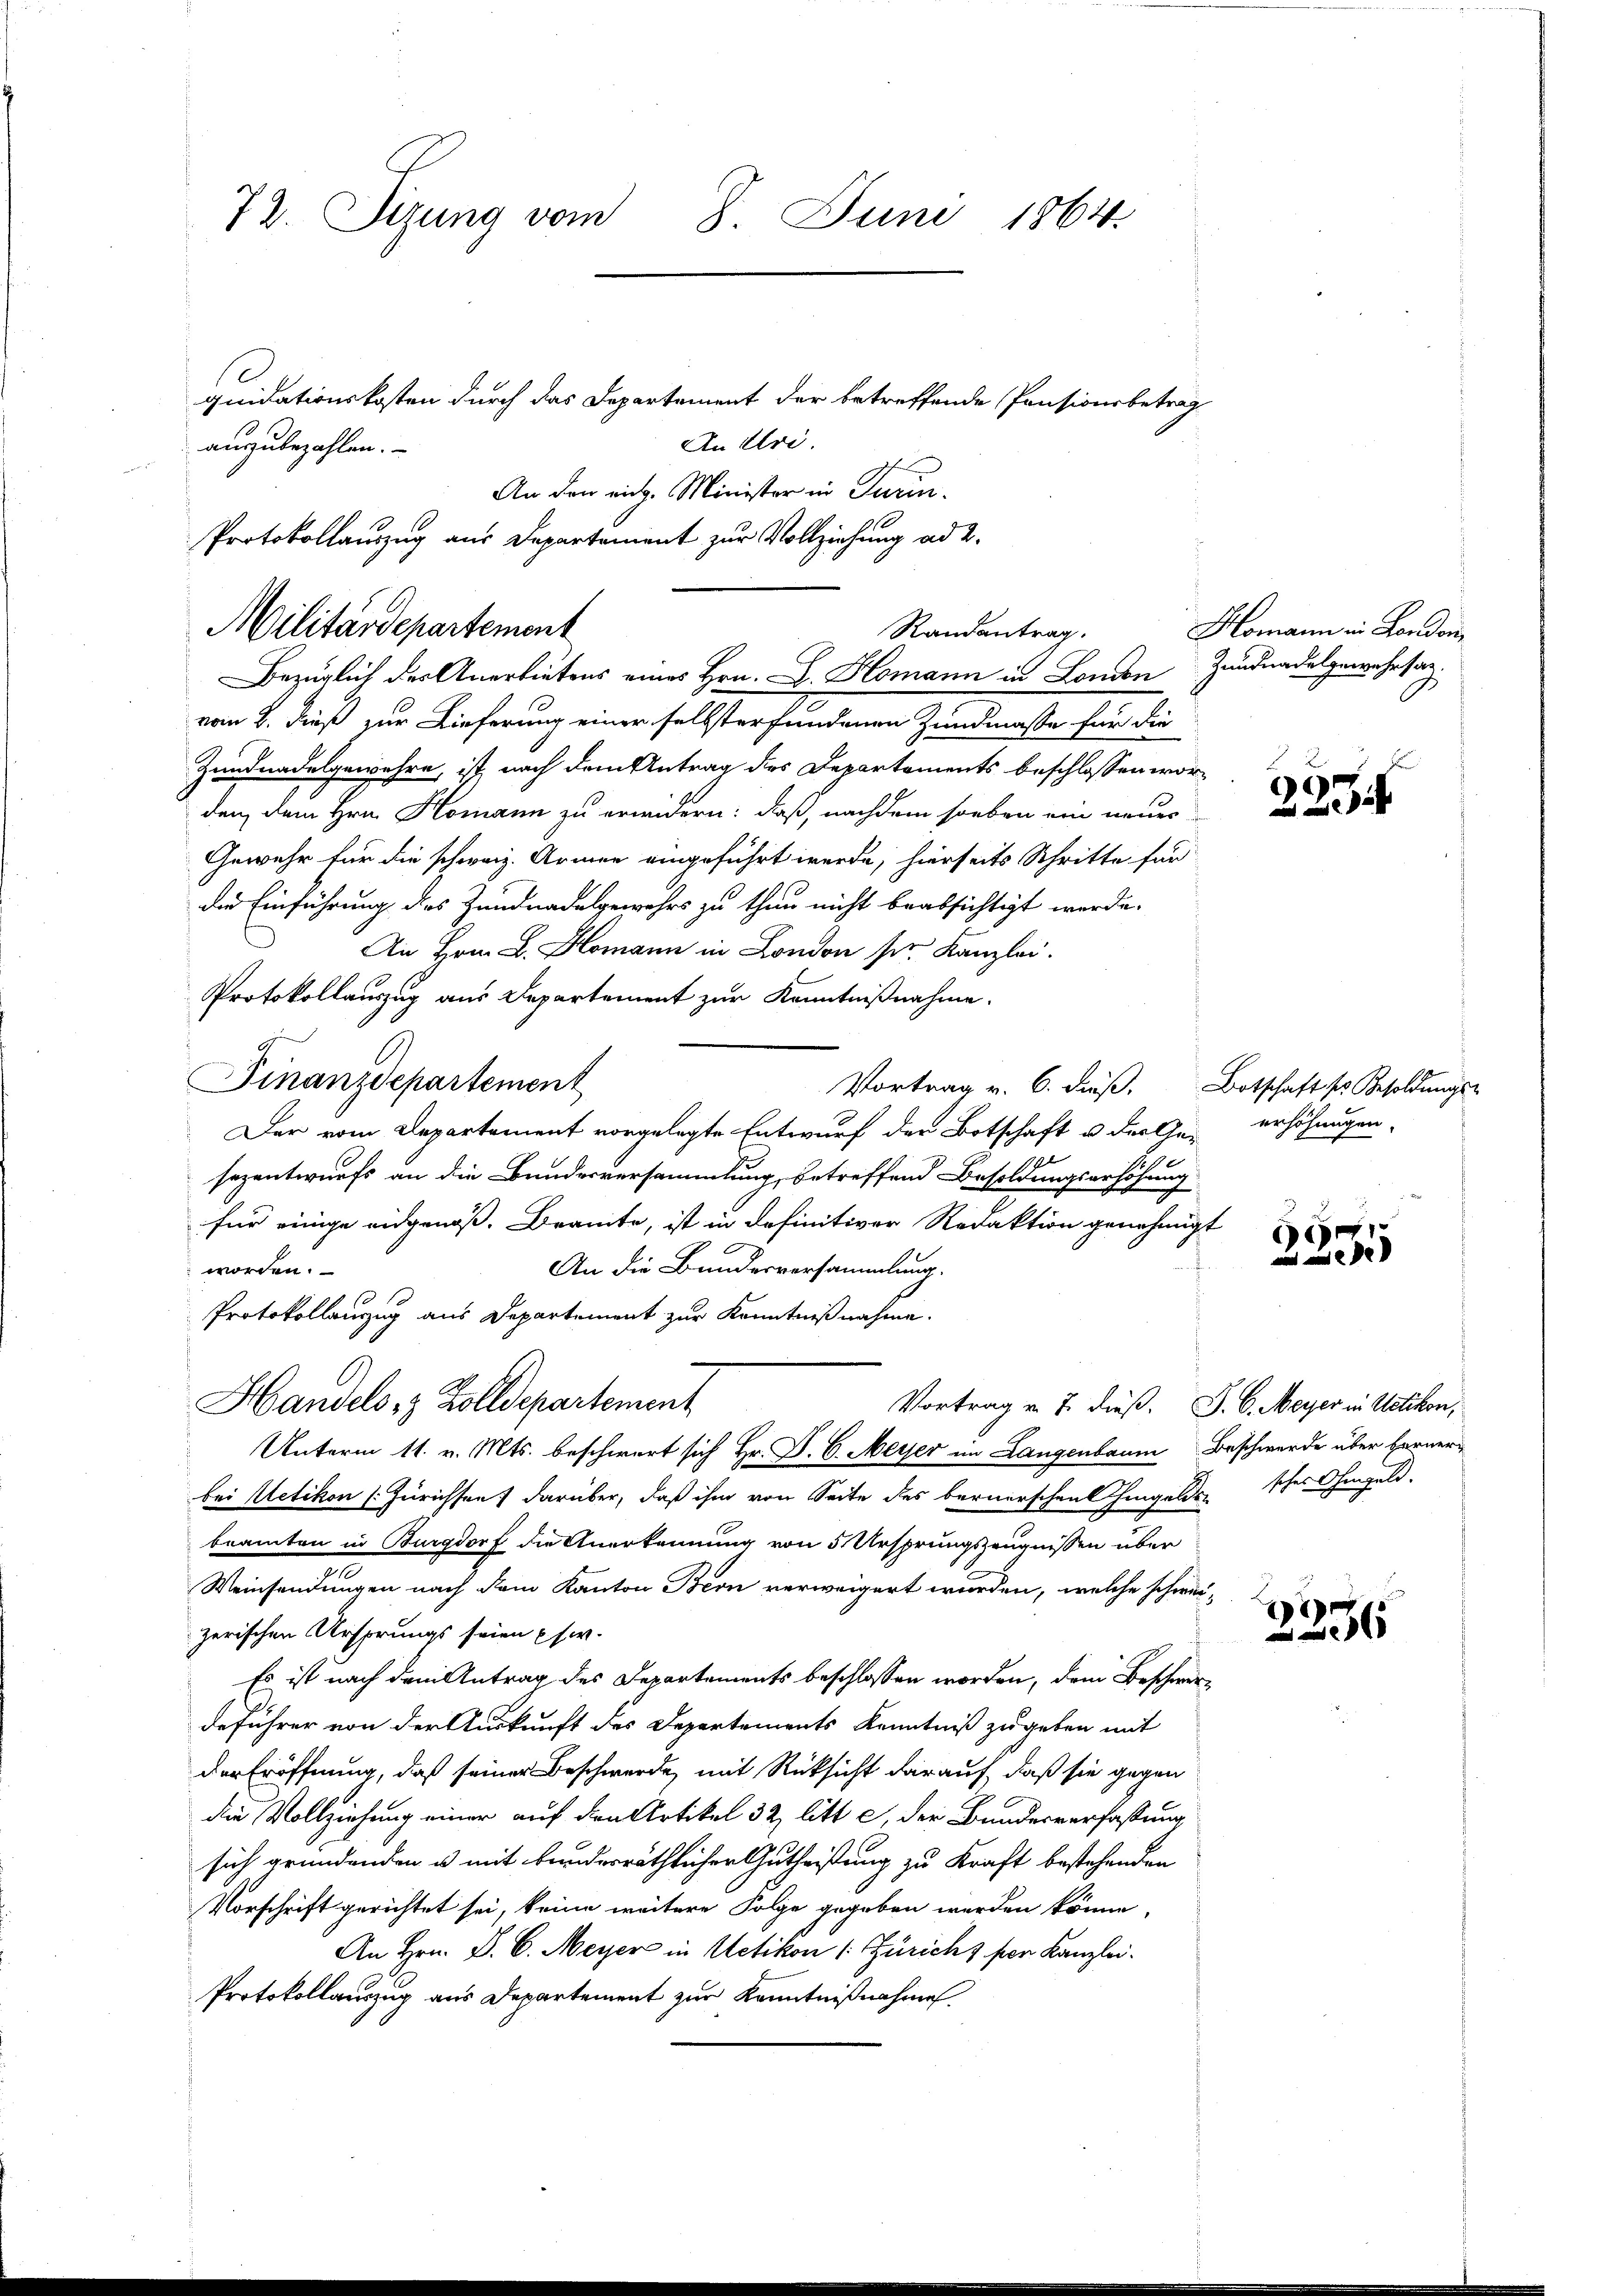
73. Sizung vom
8. Juni 1864.
quidationskosten durch das Departement der betreffende Pensionsbetrag
An Uri.
auszubezahlen.

An den rich. Minister in Turin.
Protokollauszug aus Departement zur Vollziehung ad 2.

Militärdepartement
Randantrag.
Bezüglich des Anerbietens eines Hrn. L. Komann in London

von 2. dieß zur Lieferung einer selbsterfundenen Zundmasse sein die
Zundnadelgewehre, ist nach dem Antrag des Departements beschlossen worden, dem Hrn. Komann zu erwidern: daß, nachdem soeben ein neuer
Gewehr für die schweiz. Armen eingeführt werde; hierseits Schritte für
die Einführung des Zundnadelgewahrs zu thun nicht beabsichtigt werde.
An Hrn. L. Homann in London ser Kanzlei.
Protokollauszug aus Departement zur Kenntnißnahme.
4
Finanzdepartement
Vortrag v. 6. dieß. Botschaft ses Besoldungs-
Der vom Departement vorgelegte Entwurf der Botschaft u. der Ge- erhöhungen,
sezentwurfs an die Bundesversammlung, betreffend Besoldungserhöhung
für einige eidgenoß. Bramte, ist in definitiver Redaktion genehmigt
An die Bundesversammlung.
worden.
Vortrag v. 7. dieß. J. C. Meyer in Uetikon,
bei Uetikon (Zürichsen, darüber, daß ihm von Seite des bernerschen hingeldsbeamten in Burgdorf die Anerkennung von 5 Ursprungszeugnissen über
Weinsendungen nach dem Kanton Bern verweigert wurden, welche schwer
zerischen Ursprungs seien psw.
Es ist nach dem Antrag des Departements beschlossen worden, dem Beschwerdeführer von der Auskunft des Departements Kenntniß zugeben mit
der Eröffnung, daß seiner Beschwerde, mit Rüksicht darauf, daß sie gegen
die Vollziehung einer auf den Artikel 32 litt c, der Bundesverfaßung
sich gründenden u. mit bunderräthlicher Gutheißung zu Kraft bestehenden
Vorschrift gerichtet sei, keine weitere Folge gegeben werden könne,
An Hrn. P. C. Meyer in Uetikon (: Züricht per Kanzlei.
Protokollauszug aus Departement zur Kenntnißnahmen,

1
Protokollenzug aus Departement zur Kenntnißnahme.
Handels- & Zolldepartement
Unterm 11. v. Mts. beschwert sich Hr. P. C. Meyer im Langenbaum Beschwerde über berner¬

Homann in London
Zundnadalgewehrstag.

2234.

39
e

sches Ohmgeld.

2

e
5